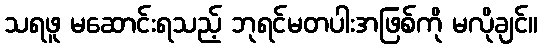
သရဖူ မဆောင်းရသည့် ဘုရင်မတပါးအဖြစ်ကို မလိုချင်။